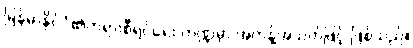
မြန်မာနိုင်ငံ၏တရားစီရင်ရေး ကဏ္ဍမှာ အကန့်အသတ်ဖြင့် ဖြစ်သည်။